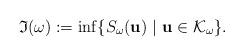
LaTeX: \begin{align*}\mathfrak{I}(\omega) := \inf \{ S_\omega({\bf u} ) \ |\ {\bf u} \in \mathcal{K}_\omega \}.\end{align*}